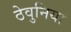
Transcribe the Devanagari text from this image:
ठेवुनिया